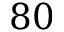
8 0